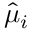
\hat { \mu } _ { i }